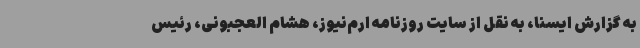
به گزارش ایسنا، به نقل از سایت روزنامه ارم‌نیوز، هشام العجبونی، رئیس